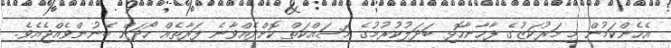
އެހެންކަމުން މި މަރުކަޒުގެ ފާޚާނާހޮޅި ބަދަލުކުރުމުގެ މަސައްކަތް ކޮށްދެއްވާނެ ފަރާތެއް ހޯދަން ބޭނުންވެއްޖެއެވެ.